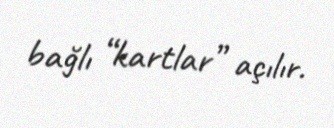
bağlı “kartlar” açılır.